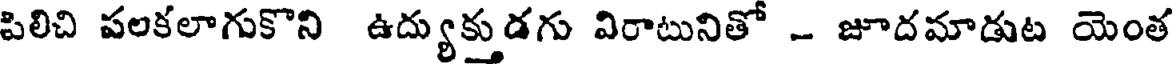
పిలిచి పలకలాగుకొని ఉద్యుక్తుడగు విరాటునితో - జూదమాడుట యెంత